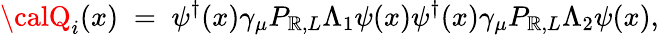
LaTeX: {\calQ}_{i}(x)\; =\; \psi^{\dagger}(x)\gamma_{\mu}{P}_{\mathbb{R},L}\Lambda_{1}\psi(x)\psi^{\dagger}(x)\gamma_{\mu}{P}_{\mathbb{R},L}\Lambda_{2}\psi(x),